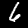
Label: 6